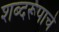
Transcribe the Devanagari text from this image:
शब्दरूपाचे